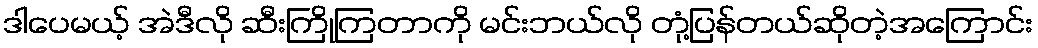
ဒါပေမယ့် အဲဒီလို ဆီးကြိုကြတာကို မင်းဘယ်လို တုံ့ပြန်တယ်ဆိုတဲ့အကြောင်း